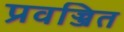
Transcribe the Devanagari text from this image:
प्रवज्जित